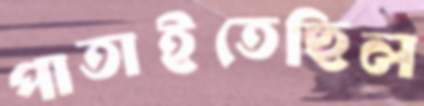
পাতাইতেছিল